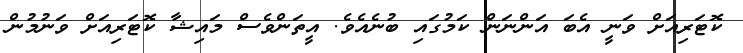
ކޮޓަރިއަށް ވަނީ އެބަ އަންނަން ކަމުގައި ބުނެއެވެ. އީތަންވެސް މައިޝާ ކޮޓަރިއަށް ވަނުމުން